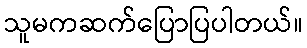
သူမကဆက်ပြောပြပါတယ်။